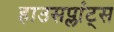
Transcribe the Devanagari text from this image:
हाउसप्लांट्स